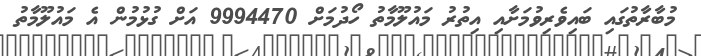
މުބާރާތުގައި ބައިވެރިވުމަށާއި އިތުރު މައުލޫމާތު ހޯދުމަށް 9994470 އަށް ގުޅުމުން އެ މައުލޫމާތު